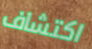
اكتشاف